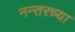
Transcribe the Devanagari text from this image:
नन्तरच्या